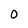
Character: 0